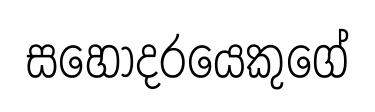
සහෝදරයෙකුගේ